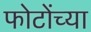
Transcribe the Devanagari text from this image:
फोटोंच्या